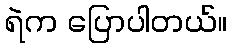
ရဲက ပြောပါတယ်။